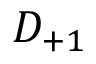
D _ { + 1 }